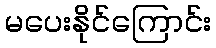
မပေးနိုင်ကြောင်း